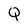
Character: Q